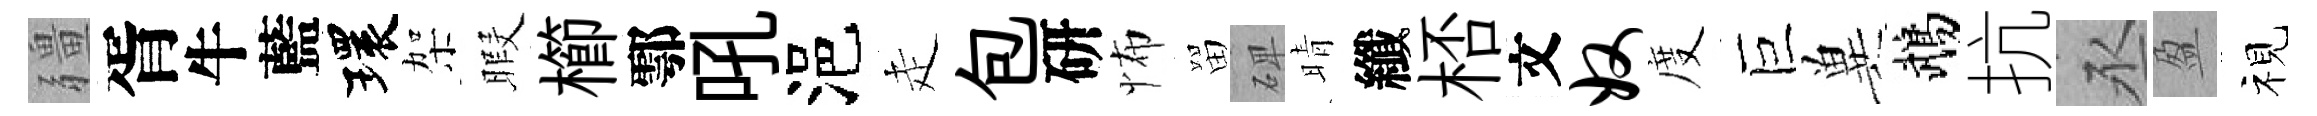
疆胥牛藍環架暇櫛鄠吼浥走包研怖㽞𥓓晴纖桮文奴度巨兾鵡抗丞盈视